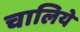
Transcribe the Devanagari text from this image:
चालिये